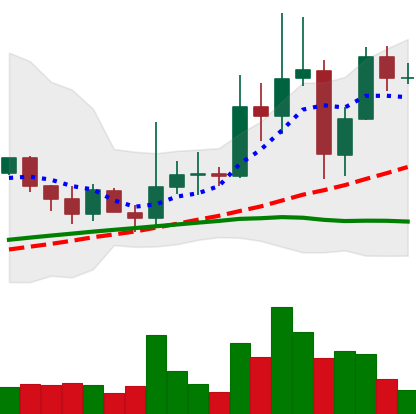
Ticker: XRP-USD
Chart end date: 2021-03-28
Forward return: 11.95%
Label: up_7plus